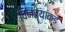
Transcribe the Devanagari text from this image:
विनंत्यांकडे